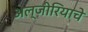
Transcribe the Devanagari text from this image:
अल्जीरियाचे